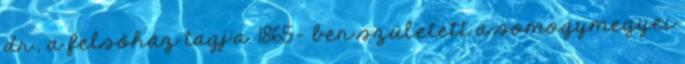
dr., a felsőház tagj'a. 1865- ben született a somogymegyei